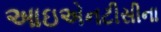
આઇએનટીસીના